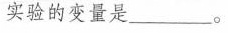
实验的变量是___。